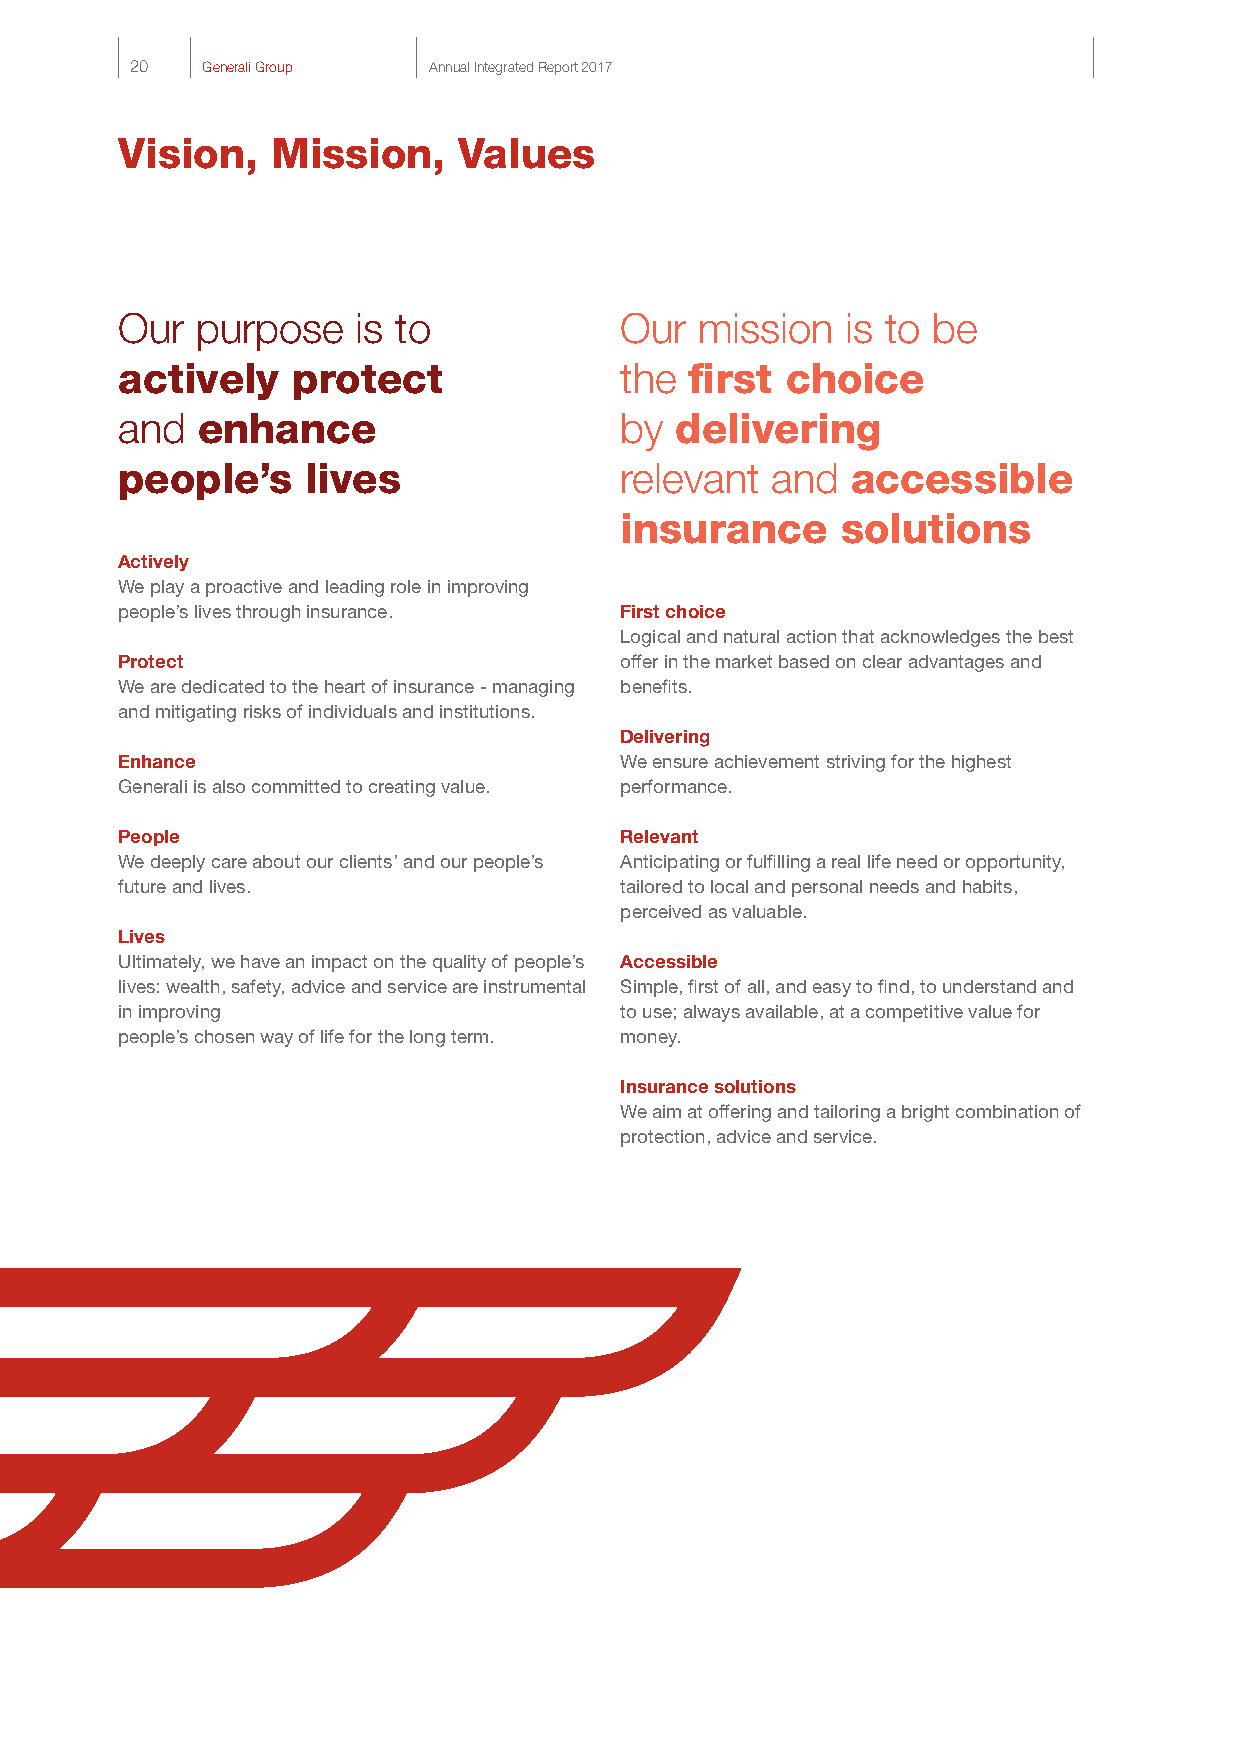
20  Generali Group Annual Integrated Report 2017
 Vision,   Mission,    Values
 Our  purpose    is to            Our  mission   is to be
 actively   protect               the  first choice
 and  enhance                     by  delivering
 people’s    lives                relevant  and  accessible
 insurance      solutions
 Actively
 We play a proactive and leading role in improving
 people’s lives through insurance. First choice
 Logical and natural action that acknowledges the best
 Protect                          offer in the market based on clear advantages and
 We are dedicated to the heart of insurance - managing benefits.
 and mitigating risks of individuals and institutions.
 Delivering
 Enhance                          We ensure achievement striving for the highest
 Generali is also committed to creating value. performance.
 People                           Relevant
 We deeply care about our clients’ and our people’s Anticipating or fulfilling a real life need or opportunity,
 future and lives.                tailored to local and personal needs and habits,
 perceived as valuable.
 Lives
 Ultimately, we have an impact on the quality of people’s Accessible
 lives: wealth, safety, advice and service are instrumental Simple, first of all, and easy to find, to understand and
 in improving                     to use; always available, at a competitive value for
 people’s chosen way of life for the long term. money.
 Insurance solutions
 We aim at offering and tailoring a bright combination of
 protection, advice and service.